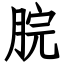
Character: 脘